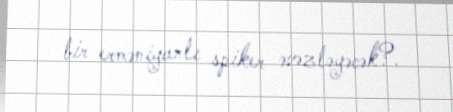
bir erməniyanlı spiker əvəzləyəcək?.